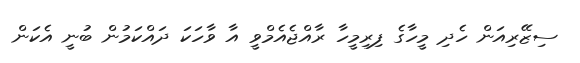
ސިޒޭރިއަން ހެދި މީހާގެ ފިރިމީހާ ރާއްޖެއެމްވީ އާ ވާހަކަ ދައްކަމުން ބުނީ އެކަން